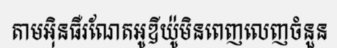
តាមអ៊ិនធឺរណែតអូឌីយ៉ូមិនពេញលេញចំនួន